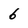
Character: 6